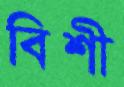
বিশী